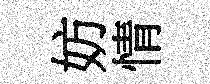
妨情